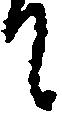
て